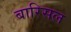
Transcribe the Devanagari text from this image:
बारिसल